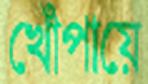
খোঁপায়ে